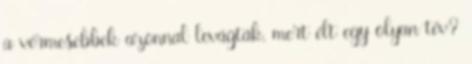
a vérmesebbek azonnal levágták, mert élt egy olyan tév?